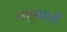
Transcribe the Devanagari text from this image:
मछुआरी